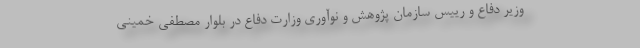
وزیر دفاع و رییس سازمان پژوهش و نوآوری وزارت دفاع در بلوار مصطفی خمینی